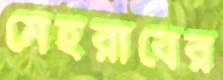
মেহরাবের